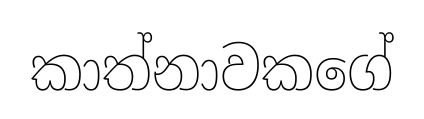
කාත්නාවකගේ